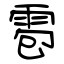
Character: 雹